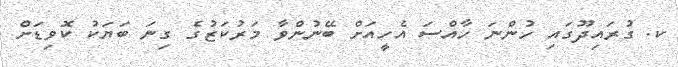
ކ. ގުރައިދޫގައި ހުންނަ ހާއްސަ އެހީއަށް ބޭނުންވާ މަރުކަޒުގެ ގިނަ ބަޔަކު ކޮވިޑަށް